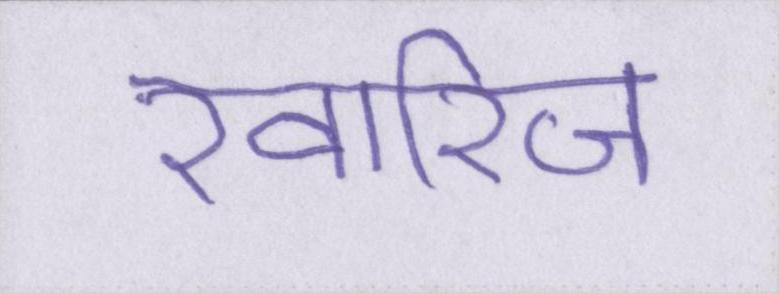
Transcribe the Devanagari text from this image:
ख़ारिज